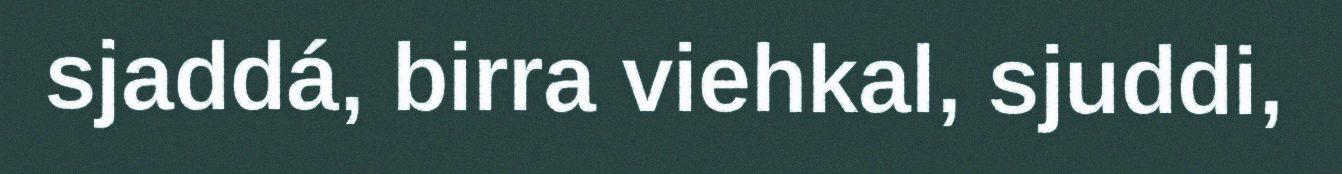
sjaddá, birra viehkal, sjuddi,